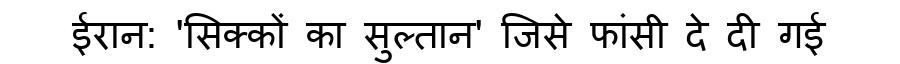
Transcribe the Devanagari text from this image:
ईरान: 'सिक्कों का सुल्तान' जिसे फांसी दे दी गई